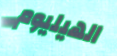
الهيليوم